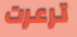
ترعرت